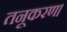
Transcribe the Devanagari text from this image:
तनूकरण।